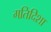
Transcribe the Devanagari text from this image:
गतिदिशा